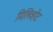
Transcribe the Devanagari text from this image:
मिलिव्होट